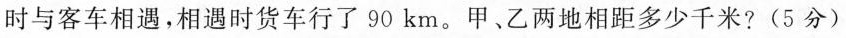
时与客车相遇，相遇时货车行了90km。甲、乙两地相距多少千米?(5分)